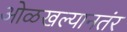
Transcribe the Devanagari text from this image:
ओळखल्यानतंर